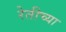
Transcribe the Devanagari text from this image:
रेतीच्या